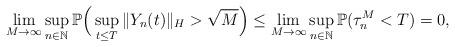
LaTeX: \begin{align*}\lim_{M\rightarrow\infty} \sup_{n\in\mathbb{N}}\mathbb{P}\Big(\sup_{t\leq T}\Vert Y_n(t)\Vert_H >\sqrt{M}\Big) \leq \lim_{M\rightarrow\infty} \sup_{n\in\mathbb{N}}\mathbb{P}(\tau_{n}^M <T) =0 ,\end{align*}